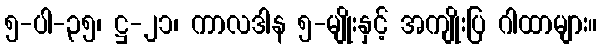
၅-ပါ-၃၅၊ ဋ္ဌ-၂၁၊ ကာလဒါန ၅-မျိုးနှင့် အကျိုးပြ ဂါထာများ။